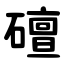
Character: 䃪